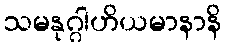
သမနုဂ္ဂါဟိယမာနာနိ